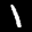
Label: 1